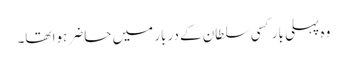
وہ پہلی بار کسی سلطان کے دربار میں حاضر ہوا تھا۔